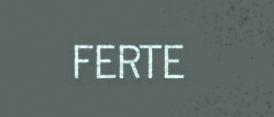
FERTE